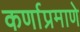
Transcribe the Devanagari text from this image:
कर्णाप्रमाणे